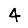
Digit: 4